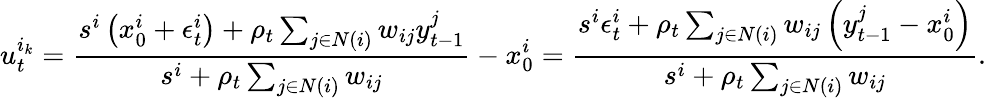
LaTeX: u_{t}^{i_{k}}=\frac{s^{i}\left(x_{0}^{i}+\epsilon_{t}^{i}\right)+\rho_{t}\sum_{j\in N(i)}w_{ij}y_{t-1}^{j}}{s^{i}+\rho_{t}\sum_{j\in N(i)}w_{ij}}-x_{0}^{i}=\frac{s^{i}\epsilon_{t}^{i}+\rho_{t}\sum_{j\in N(i)}w_{ij}\left(y_{t-1}^{j}-x_{0}^{i}\right)}{s^{i}+\rho_{t}\sum_{j\in N(i)}w_{ij}}.